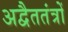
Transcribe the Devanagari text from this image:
अद्वैततंत्रों